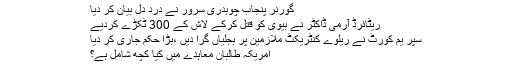
گورنر پنجاب چوہدری سرور نے درد دل بیان کر دیا
ریٹائرڈ آرمی ڈاکٹر نے بیوی کو قتل کرکے لاش کے 300 ٹکڑے کردیے
سپر یم کورٹ نے ریلوے کنٹریکٹ ملازمین پر بجلیاں گرا دیں ،بڑا حکم جاری کر دیا
امریکہ طالبان معاہدے میں کیا کچھ شامل ہے؟